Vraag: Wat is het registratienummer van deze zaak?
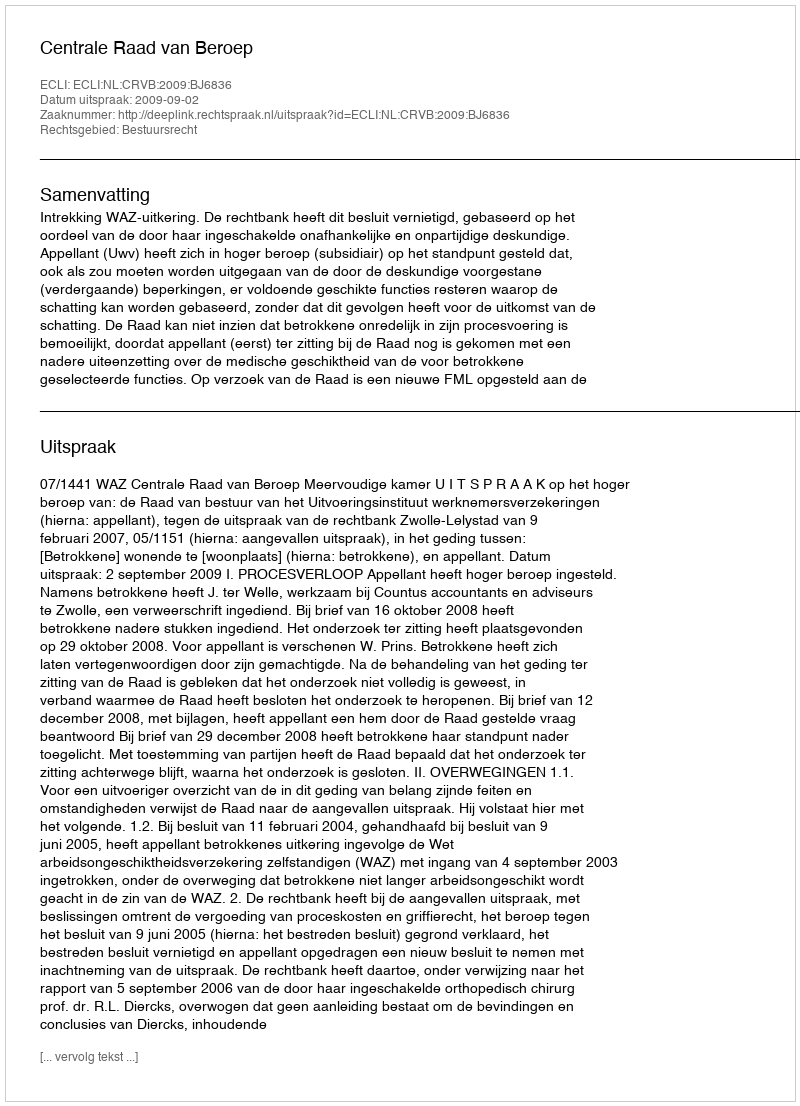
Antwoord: http://deeplink.rechtspraak.nl/uitspraak?id=ECLI:NL:CRVB:2009:BJ6836